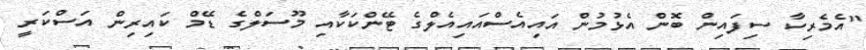
"އެމެރިކާ ސިފައިން ބޮން އެޅުމުން އައިއެސްއައިއެލްގެ ޓޭންކަކާއި މޫސަލްގެ ޑޭމް ކައިރިން އަސްކަރީ